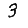
Digit: 3